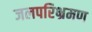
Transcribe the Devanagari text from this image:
जलपरिभ्रमण